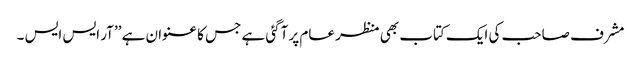
مشرف صاحب کی ایک کتاب بھی منظر عام پر آگئی ہے جس کا عنوان ہے ’’آر ایس ایس ۔